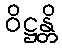
ဝိဋ္ဌန္တိ